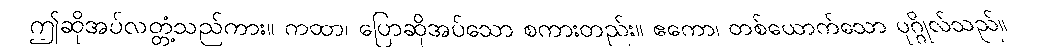
ဤဆိုအပ်လတ္တံ့သည်ကား။ ကထာ၊ ပြောဆိုအပ်သော စကားတည်း။ ဧကော၊ တစ်ယောက်သော ပုဂ္ဂိုလ်သည်။